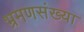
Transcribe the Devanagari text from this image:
भ्रमणसंख्या